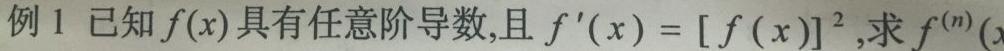
例 1 已知$f(x)$具有任意阶导数,且$f^{\prime}(x)=[f(x)]^{2}$,求$f^{(n)}(x)$